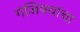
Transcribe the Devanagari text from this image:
गंजिफ्यांचा